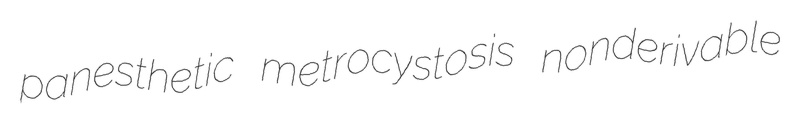
panesthetic metrocystosis nonderivable